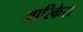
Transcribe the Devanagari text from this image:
आरिकेरा